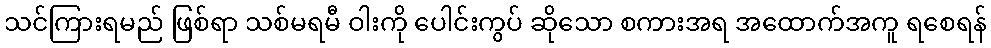
သင်ကြားရမည် ဖြစ်ရာ သစ်မရမီ ဝါးကို ပေါင်းကွပ် ဆိုသော စကားအရ အထောက်အကူ ရစေရန်